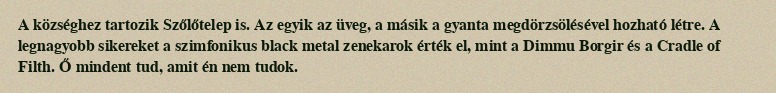
A községhez tartozik Szőlőtelep is. Az egyik az üveg, a másik a gyanta megdörzsölésével hozható létre. A legnagyobb sikereket a szimfonikus black metal zenekarok érték el, mint a Dimmu Borgir és a Cradle of Filth. Ő mindent tud, amit én nem tudok.